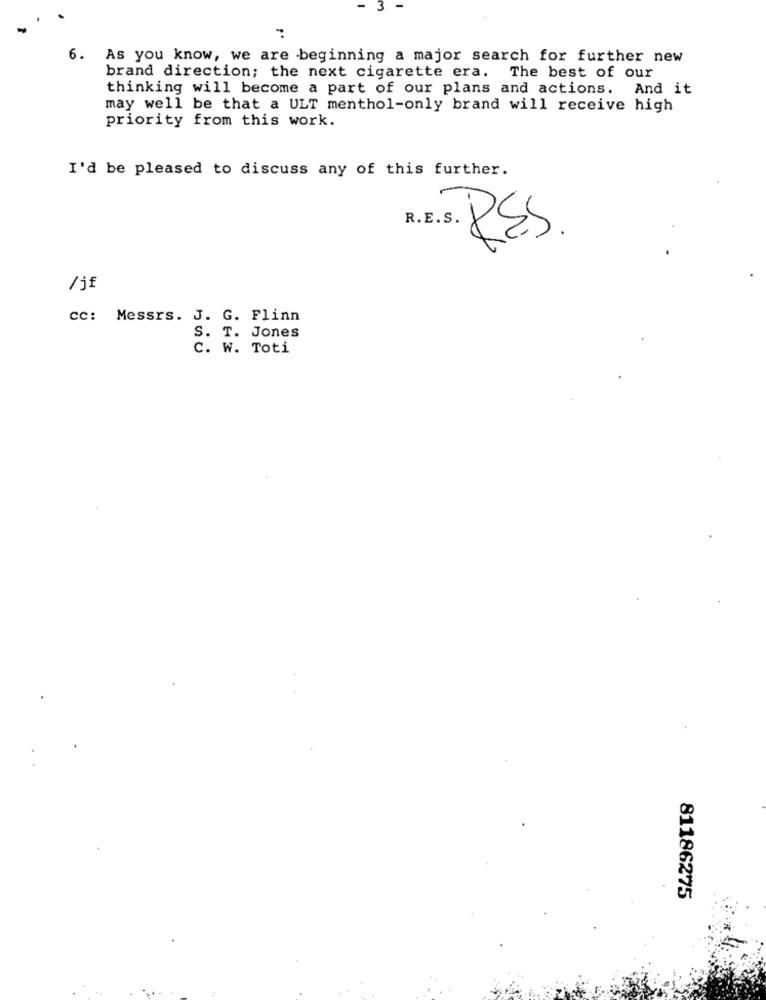
3
6. As you know, we are beginning a major search for further new
brand direction; the next cigarette era. The best of our
thinking will become a part of our plans and actions. And it
may well be that a ULT menthol-only brand will receive high
priority from this work.
I'd be pleased to discuss any of this further.
R.E.s. R.S.
/jf
CC: Messrs. J. G. Flinn
S. T. Jones
C. W. Toti
£
81186275